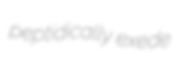
peptidically exede